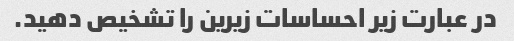
در عبارت زیر احساسات زیرین را تشخیص دهید.